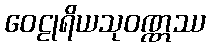
ဝေဠုရိယသုဝဏ္ဏဿ